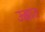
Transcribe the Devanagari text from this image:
ऊज्ञात